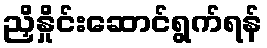
ညှိနှိုင်းဆောင်ရွက်ရန်